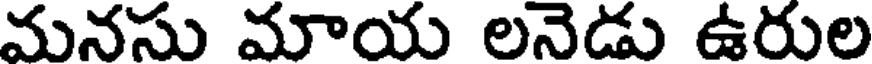
మనసు మాయ లనెడు ఉరుల